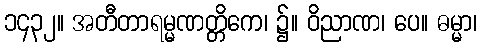
၁၄၃၂။ အတီတာရမ္မဏတ္တိကေ၊ ၌။ ဝိညာဏ၊ ပေ။ ဓမ္မာ၊